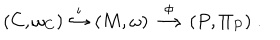
( C , \omega _ { C } ) \stackrel { \iota } { \hookrightarrow } ( M , \omega ) \stackrel { \phi } { \longrightarrow } ( P , \Pi _ { P } ) \; .